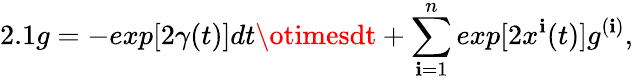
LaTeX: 2.1g=-exp[2{\gamma}(t)]dt\otimesdt+\sum_{\mathbf{i}=1}^{n}exp[2{x^{\mathbf{i}}}(t)]g^{(\mathbf{i})},